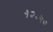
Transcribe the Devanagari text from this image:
१२॰५०